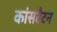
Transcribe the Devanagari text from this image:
कांसटैटन